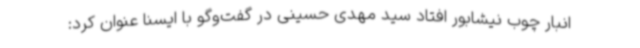
انبار چوب نیشابور افتاد سید مهدی حسینی در گفت‌وگو با ایسنا عنوان کرد: